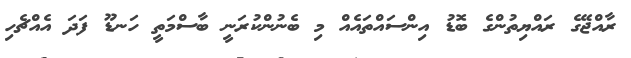
ރާއްޖޭގެ ރައްޔިތުންގެ ބޮޑު އިންސައްތައެއް މި ބެނުންކުރަނީ ބާސްމަތީ ހަނޑޫ ފަދަ އެއްޗެހި